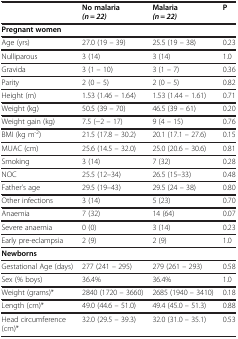
|  | No malaria (n = 22) | Malaria (n = 22) | P |
 | --- | --- | --- | --- |
 | <COLSPAN=4> Pregnant women |
 | Age (yrs) | 27.0 (19 – 39) | 25.5 (19 – 38) | 0.23 |
 | Nulliparous | 3 (14) | 3 (14) | 1.0 |
 | Gravida | 3 (1 – 10) | 3 (1 – 7) | 0.36 |
 | Parity | 2 (0 – 5) | 2 (0 – 5) | 0.82 |
 | Height (m) | 1.53 (1.46 – 1.64) | 1.53 (1.44 – 1.61) | 0.71 |
 | Weight (kg) | 50.5 (39 – 70) | 46.5 (39 – 61) | 0.20 |
 | Weight gain (kg) | 7.5 (−2 – 17) | 9 (4 – 15) | 0.76 |
 | BMI (kg m-2) | 21.5 (17.8 – 30.2) | 20.1 (17.1 – 27.6) | 0.15 |
 | MUAC (cm) | 25.6 (14.5 – 32.0) | 25.0 (20.6 – 30.6) | 0.81 |
 | Smoking | 3 (14) | 7 (32) | 0.28 |
 | NOC | 25.5 (12–34) | 26.5 (15–33) | 0.48 |
 | Father’s age | 29.5 (19–43) | 29.5 (24 – 38) | 0.80 |
 | Other infections | 3 (14) | 5 (23) | 0.70 |
 | Anaemia | 7 (32) | 14 (64) | 0.07 |
 | Severe anaemia | 0 (0) | 3 (14) | 0.23 |
 | Early pre-eclampsia | 2 (9) | 2 (9) | 1.0 |
 | <COLSPAN=4> Newborns |
 | Gestational Age (days) | 277 (241 – 295) | 279 (261 – 293) | 0.58 |
 | Sex (% boys) | 36.4% | 36.4% | 1.0 |
 | Weight (grams)* | 2840 (1720 – 3660) | 2685 (1940 – 3410) | 0.18 |
 | Length (cm)* | 49.0 (44.6 – 51.0) | 49.4 (45.0 – 51.3) | 0.88 |
 | Head circumference (cm)* | 32.0 (29.5 – 39.3) | 32.0 (31.0 – 35.1) | 0.53 |